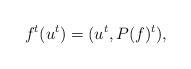
LaTeX: \begin{align*}f^t(u^t)=(u^t, P(f)^t),\end{align*}